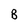
Character: B